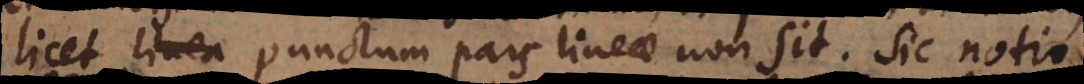
licet punctum pars lineae non sit. Sic notio